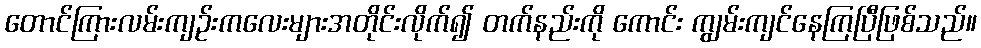
တောင်ကြားလမ်းကျဉ်းကလေးများအတိုင်းလိုက်၍ တက်နည်းကို ကောင်း ကျွမ်းကျင်နေကြပြီဖြစ်သည်။